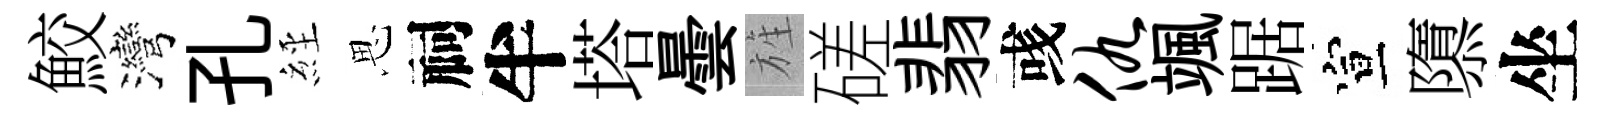
鮫灣孔𦀇思祠半塔曇旌磋翡彧仇颯踞宣隳坐